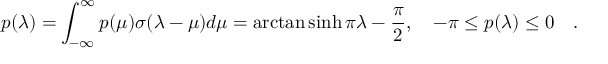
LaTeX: p ( \lambda ) = \int _ { - \infty } ^ { \infty } p ( \mu ) \sigma ( \lambda - \mu ) d \mu = \arctan \sinh \pi \lambda - \frac { \pi } { 2 } , \quad - \pi \leq p ( \lambda ) \leq 0 \quad .